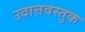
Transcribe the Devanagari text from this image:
उदात्तवस्तुक